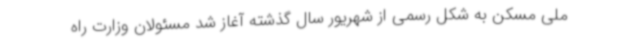
ملی مسکن به شکل رسمی از شهریور سال گذشته آغاز شد مسئولان وزارت راه